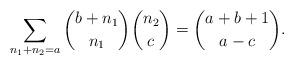
LaTeX: \begin{align*}\sum_{n_1+n_2=a} {b + n_1 \choose n_1} {n_2 \choose c} = {a+b+1 \choose a-c}.\end{align*}